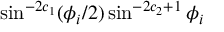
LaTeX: \sin ^ { - 2 c _ { 1 } } ( \phi _ { i } / 2 ) \sin ^ { - 2 c _ { 2 } + 1 } \phi _ { i }